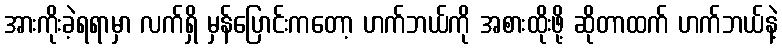
အားကိုးခဲ့ရရာမှာ လက်ရှိ မှန်ပြောင်းကတော့ ဟက်ဘယ်ကို အစားထိုးဖို့ ဆိုတာထက် ဟက်ဘယ်နဲ့